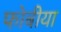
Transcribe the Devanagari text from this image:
फोबीया